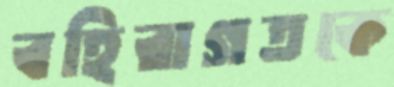
বহিরাগতকে